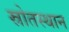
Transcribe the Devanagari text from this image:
स्रोतस्थान